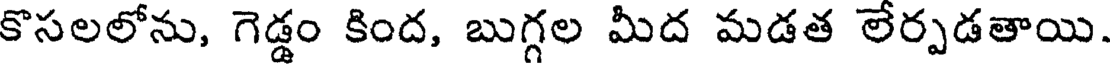
కొసలలోను, గెడ్డం కింద, బుగ్గల మీద మడత లేర్పడతాయి.